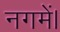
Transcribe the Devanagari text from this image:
नगमें।